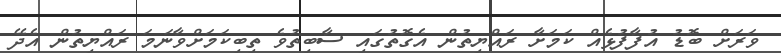
ވަރަށް ބޮޑު އުފާފުޅެއް ކަމަށާ ރައްޔިތުން އެގޮތުގައި ސާބިތުވެ ތިބިކަމަށްވާނަމަ ރައްޔިތުން އެދޭ